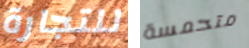
للتجارة متحمسة